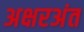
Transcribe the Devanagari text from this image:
अक्षरअंत